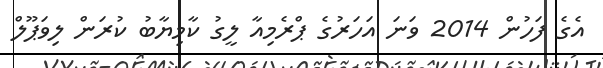
އެގެ ފަހުން 2014 ވަނަ އަހަރުގެ ޕްރެމިއާ ލީގު ކާމިޔާބު ކުރަން ލިވަޕޫލް